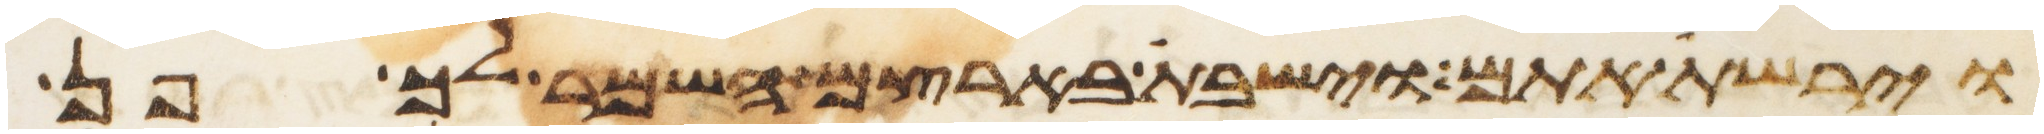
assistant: וירשת אתם וישבת בארצם השמר לך פן